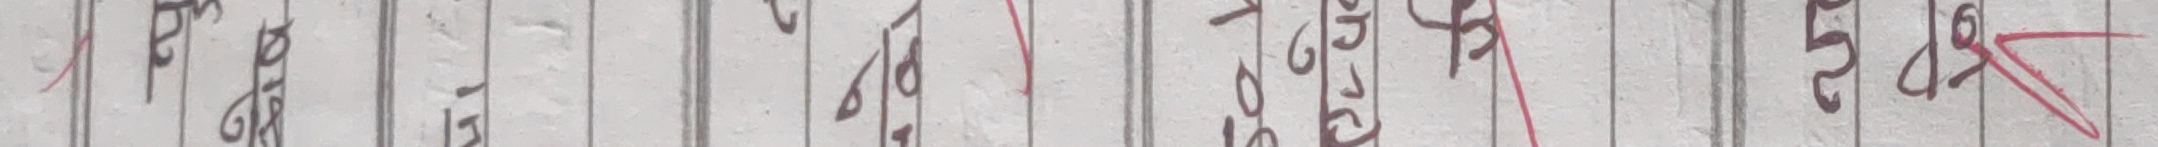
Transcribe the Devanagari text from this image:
१८ ६ १५ ८४ १५०० ७१६ ६२ ३८